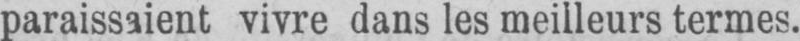
paraissaient vivre dans les meilleurs termes.